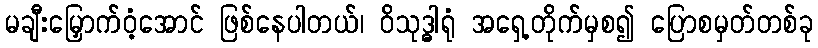
မချီးမြှောက်ဝံ့အောင် ဖြစ်နေပါတယ်၊ ဝိသုဒ္ဓါရုံ အရှေ့တိုက်မှစ၍ ပြောစမှတ်တစ်ခု